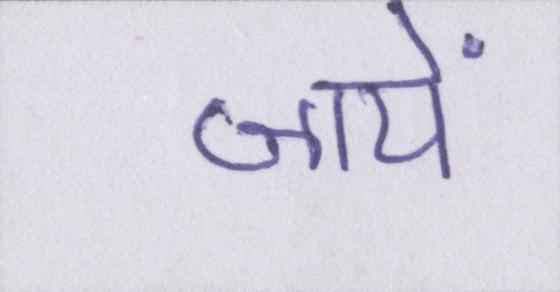
जायें